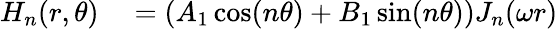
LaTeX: \begin{array}{rl}{H_{n}(r,\theta)}&{{}=(A_{1}\cos(n\theta)+B_{1}\sin(n\theta))J_{n}(\omega r)}\end{array}